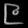
Digit: ၉